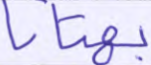
بهتانا